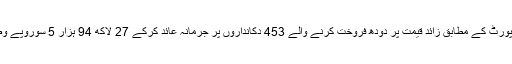
کمشنر کراچی کی رپورٹ کے مطابق زائد قیمت پر دودھ فروخت کرنے والے 453 دکانداروں پر جرمانہ عائد کرکے 27 لاکھ 94 ہزار 5 سوروپے وصول کیے گئے ہیں۔